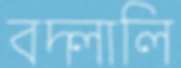
বদ্‌লালি